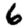
Digit: 6